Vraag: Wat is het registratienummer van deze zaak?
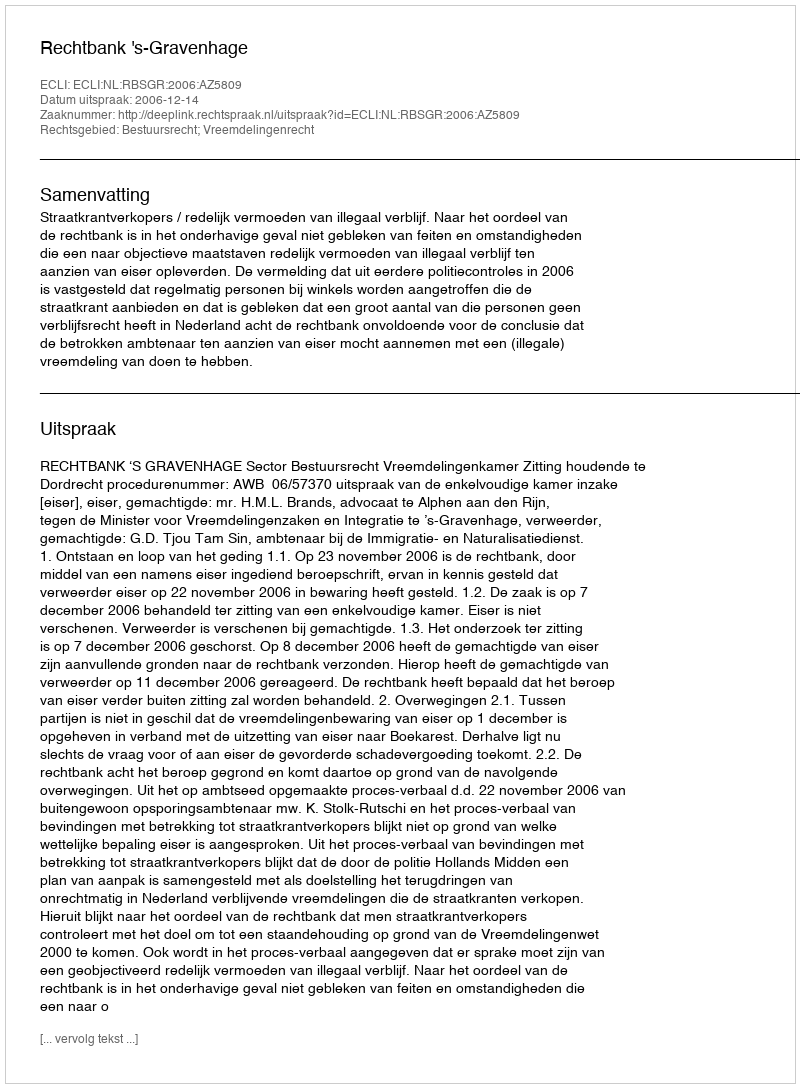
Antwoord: http://deeplink.rechtspraak.nl/uitspraak?id=ECLI:NL:RBSGR:2006:AZ5809